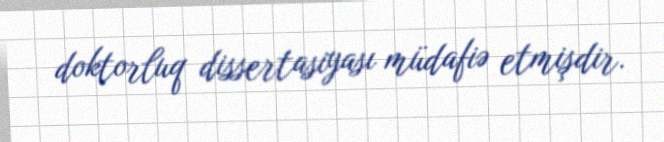
doktorluq dissertasiyası müdafiə etmişdir.